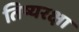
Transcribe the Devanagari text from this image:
तिष्यरक्षा